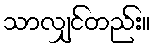
သာလျှင်တည်း။